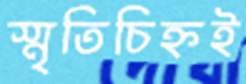
স্মৃতিচিহ্নই